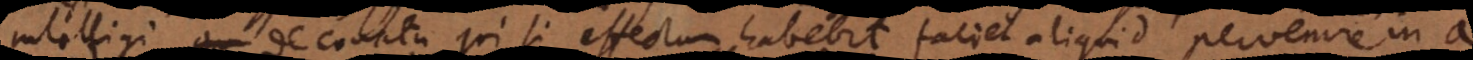
intelligi de conatu qui si effectum habebit faciet aliquid pervenire in a